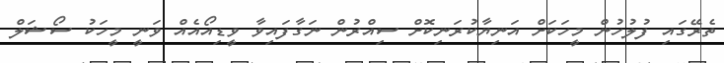
ތެރޭގައި ފުލުހުން މީހަަކަށް އަނިޔާކުރަނިކޮށް ސިއްރުން ނަގާފައިވާ ވީޑިއޯއެއް ވަނީ މީހަކު ސޯޝަލް